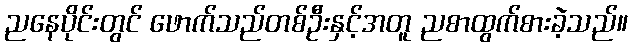
ညနေပိုင်းတွင် ဖောက်သည်တစ်ဦးနှင့်အတူ ညစာထွက်စားခဲ့သည်။